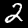
Digit: 2